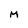
Character: M